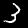
Digit: 3